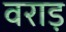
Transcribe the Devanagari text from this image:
वराड़